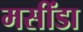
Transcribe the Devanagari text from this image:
मसींडा